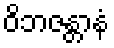
ဝိဘဇန္တာနံ